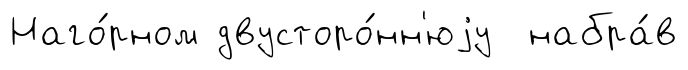
Наго́рном двусторо́нн'юjу набра́в